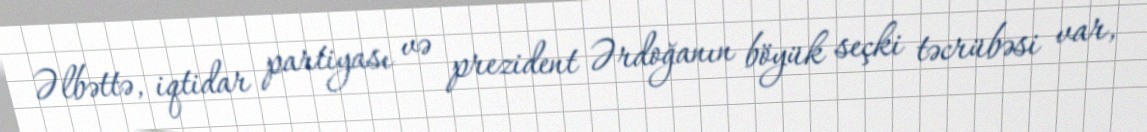
Əlbəttə, iqtidar partiyası və prezident Ərdoğanın böyük seçki təcrübəsi var,